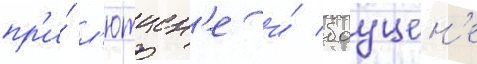
пр'и́ л'ютцен'е и́ бауцен'е